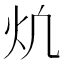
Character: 𪸎